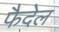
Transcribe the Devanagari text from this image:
फैदेल